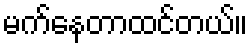
မက်နေတာထင်တယ်။